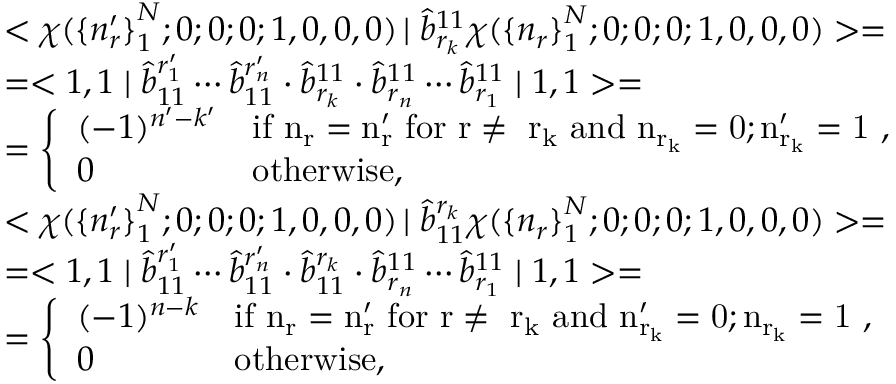
\begin{array} { l } { { < \chi ( { \{ n _ { r } ^ { \prime } \} } _ { 1 } ^ { N } ; 0 ; 0 ; 0 ; 1 , 0 , 0 , 0 ) \left| \right. \hat { b } _ { r _ { k } } ^ { 1 1 } \chi ( { \{ n _ { r } \} } _ { 1 } ^ { N } ; 0 ; 0 ; 0 ; 1 , 0 , 0 , 0 ) > = } } \\ { { = < 1 , 1 \mid \hat { b } _ { 1 1 } ^ { r _ { 1 } ^ { \prime } } \cdots \hat { b } _ { 1 1 } ^ { r _ { n } ^ { \prime } } \cdot \hat { b } _ { r _ { k } } ^ { 1 1 } \cdot \hat { b } _ { r _ { n } } ^ { 1 1 } \cdots \hat { b } _ { r _ { 1 } } ^ { 1 1 } \mid 1 , 1 > = } } \\ { { = \left\{ \begin{array} { l l } { { ( - 1 ) ^ { n ^ { \prime } - k ^ { \prime } } } } & { { \mathrm { i f ~ n _ { r } = n _ { r } ^ { \prime } ~ f o r ~ r \neq ~ r _ { k } ~ a n d ~ n _ { r _ { k } } = 0 ; n _ { r _ { k } } ^ { \prime } = 1 ~ } , } } \\ { { 0 } } & { { \mathrm { o t h e r w i s e } , } } \end{array} \right. } } \\ { { < \chi ( { \{ n _ { r } ^ { \prime } \} } _ { 1 } ^ { N } ; 0 ; 0 ; 0 ; 1 , 0 , 0 , 0 ) \left| \right. \hat { b } _ { 1 1 } ^ { r _ { k } } \chi ( { \{ n _ { r } \} } _ { 1 } ^ { N } ; 0 ; 0 ; 0 ; 1 , 0 , 0 , 0 ) > = } } \\ { { = < 1 , 1 \mid \hat { b } _ { 1 1 } ^ { r _ { 1 } ^ { \prime } } \cdots \hat { b } _ { 1 1 } ^ { r _ { n } ^ { \prime } } \cdot \hat { b } _ { 1 1 } ^ { r _ { k } } \cdot \hat { b } _ { r _ { n } } ^ { 1 1 } \cdots \hat { b } _ { r _ { 1 } } ^ { 1 1 } \mid 1 , 1 > = } } \\ { { = \left\{ \begin{array} { l l } { { ( - 1 ) ^ { n - k } } } & { { \mathrm { i f ~ n _ { r } = n _ { r } ^ { \prime } ~ f o r ~ r \neq ~ r _ { k } ~ a n d ~ n _ { r _ { k } } ^ { \prime } = 0 ; n _ { r _ { k } } = 1 ~ } , } } \\ { { 0 } } & { { \mathrm { o t h e r w i s e } , } } \end{array} \right. } } \end{array}